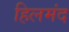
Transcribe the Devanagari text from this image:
हिलमंद